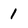
Character: 1